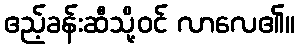
ဧည့်ခန်းဆီသို့ဝင် လာလေ၏။